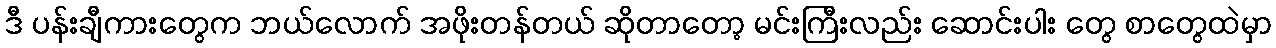
ဒီ ပန်းချီကားတွေက ဘယ်လောက် အဖိုးတန်တယ် ဆိုတာတော့ မင်းကြီးလည်း ဆောင်းပါး တွေ စာတွေထဲမှာ